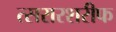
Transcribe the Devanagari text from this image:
त्सरारशरीफ